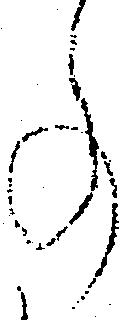
事